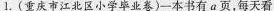
1.(重庆市江北区小学毕业卷)一本书有a页，每天看